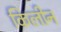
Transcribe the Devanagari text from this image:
किलीन